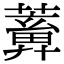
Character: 𦿤